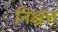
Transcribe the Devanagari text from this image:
निश्चत्त